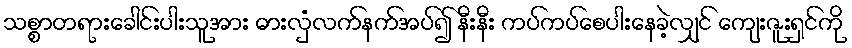
သစ္စာတရားခေါင်းပါးသူအား ဓားလှံလက်နက်အပ်၍ နီးနီး ကပ်ကပ်စေပါးနေခဲ့လျှင် ကျေးဇူးရှင်ကို